Report on the treatment of epidemic cholera: from information collected by the governments of Bengal, Madras, Bombay, N.W. Provinces, Punjab, Oudh, and Central India, by order of the Government of India
Disease focus: Cholera
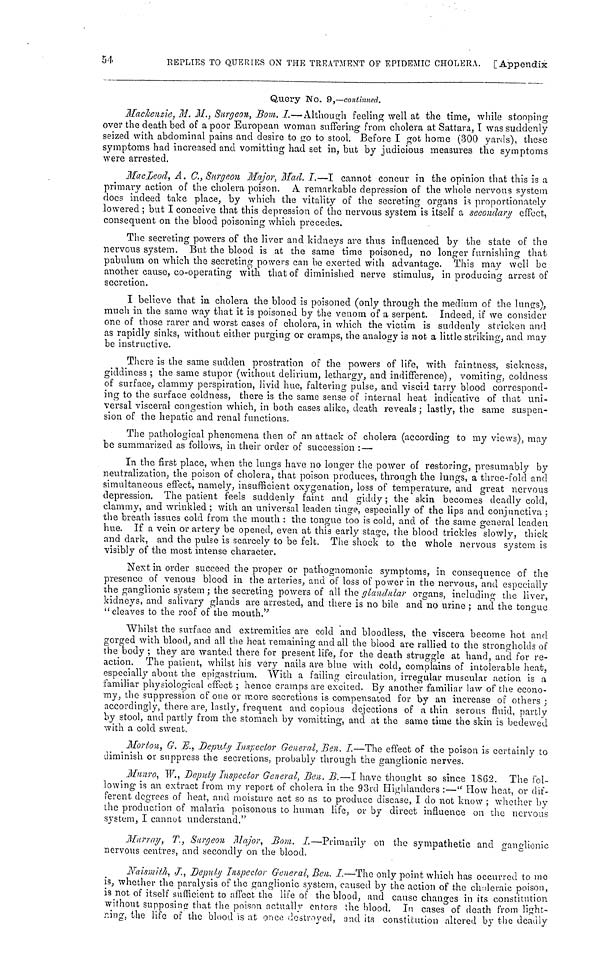
54
REPLIES TO QUERIES ON THE TREATMENT OP EPIDEMIC CHOLERA. [Appendix
Query No. 9,—continued.
Mackenzie, M. M., Surgeon, Bom. I.—Although feeling well at the time, while stooping
over the death bed of a poor European woman suffering from cholera at Sattara, I was suddenly
seized with abdominal pains and desire to go to stool. Before I got home (300 yards), these
symptoms had increased and vomitting had set in, bub by judicious measures the symptoms
were arrested.
MacLeod, A. C., Surgeon Major, Mad. I.—I cannot concur in the opinion that this is a
primary action of the cholera poison. A remarkable depression of the whole nervous system
does indeed take place, by which the vitality of the secreting organs h proportionately
lowered ; but I conceive that this depression of the nervous system is itself a secondary effect,
consequent on the blood poisoning which precedes.
The secreting powers of the liver and kidneys are thus influenced by the state of the
nervous system. But the blood is at the same time poisoned, no longer furnishing that
pabulum on which the secreting powers can he exerted with advantage. This may well be
another cause, co-operating with that of diminished nerve stimulus, in producing arrest of
secretion.
I believe that in cholera the blood is poisoned (only through the medium of the lungs),
much in the same way that it is poisoned by the venom of a serpent. Indeed, if we consider
one of those rarer and worst cases of cholera, in which the victim is suddenly stricken and
as rapidly sinks, without either purging or cramps, the analogy is not a little striking, and may
be instructive.
There is the same sudden prostration of the powers of life, with faintness, sickness,
giddiness ; the same stupor (without delirium, lethargy, and indifference), vomiting, coldness
of surface, clammy perspiration, livid hue, faltering pulse, and viscid tarry blood correspond-
ing to the surface coldness, there is the same sense of internal heat indicative of that uni-
versal visceral congestion which, in both cases alike, death reveals ; lastly, the same suspen-
sion of the hepatic and renal functions.
The pathological phenomena then of an attack of cholera (according to my views), may
be summarized as follows, in their order of succession : —
In the first place, when the lungs have no longer the power of restoring, presumably by
neutralization, the poison of cholera, that poison produces, through the lungs, a three-fold and
simultaneous effect, namely, insufficient oxygénation, loss of temperature, and great nervous
depression. The patient feels suddenly faint and giddy ; the skin becomes deadly cold,
clammy, and wrinkled ; with an universal leaden tinge, especially of the lips and conjunctiva ;
the breath issues cold from the mouth : the tongue too is cold, and of the same general leaden
hue. If a vein or artery be opened, even at this early stage, the blood trickles slowly, thick
and dark, and the pulse is scarcely to be felt. The shock to the whole nervous system is
visibly of the most intense character.
Next in order succeed the proper or pathognomonic symptoms, in consequence of the
presence of venous blood in the arteries, and of loss of power in the nervous, and especially
the ganglionic system ; the secreting powers of all the glandular organs, including the liver,
kidneys, and salivary glands are arrested, and there is no bile and no urine ; and the tongue
"cleaves to the roof of the
mouth."
Whilst the surface and extremities are cold and bloodless, the viscera become hot and
gorged with blood, and all the heat remaining and all the blood are rallied to the strongholds of
the body ; they are wanted there for present life, for the death struggle at hand, and for re-
action. The patient, whilst his very nails are blue with cold, complains of intolerable heat,
especially about the epigastrium. With a failing circulation, irregular muscular action is a
familiar physiological effect ; hence cramps are excited. By another familiar law of the econo-
my, the suppression of one or more secretions is compensated for by an increase of others ;
accordingly, there are, lastly, frequent and copious dejections of a thin serous fluid, partly
by stool, and partly from the stomach by vomitting, and at the same time the skin is bedewed
with a cold sweat.
Morton, G. Έ., Deputy Inspector General, Ben. I.—The effect of the poison is certainly to
diminish or suppress the secretions, probably through the ganglionic nerves.
Muuro, W., Deputy Inspector General, Ben. Β.—I have thought so since 1862. The fol-
lowing is an extract from my report of cholera in the 93rd Highlanders :—" How heat, or dif-
ferent degrees of heat, and moisture act so as to produce disease, I do not know ; whether by
the production of malaria poisonous to human life, or by direct influence on the nervous
system, I cannot understand."
Murray, T., Surgeon Major, Bom. I.—Primarily on the sympathetic and ganglionic
nervous centres, and secondly on the blood.
Naismith, J., Deputy Inspector General, Ben. I.—The only point which has occurred to me
is, whether the paralysis of the ganglionic system, caused by the action of the choleraic poison,
is not of itself sufficient to affect the life of the blood, and cause changes in its constitution
without supposing that the poison actually enters the blood. In cases of death from light-
ning, the life of the blood is at once destroyed, and its constitution altered by the deadly